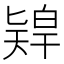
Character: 𠤨